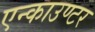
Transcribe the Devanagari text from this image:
एन्काउण्टर